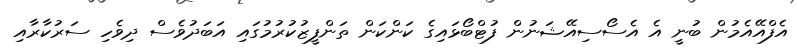
އެފްއޭއެމުން ބުނީ އެ އެސޯސިއޭޝަނުން ފުޓްބޯޅައިގެ ކަންކަން ތަންފީޒުކުރުމުގައި އަބަދުވެސް ދިވެހި ސަރުކާރާއި